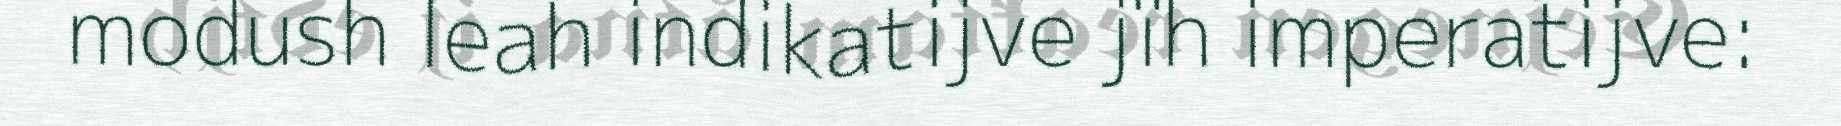
modush leah indikatijve jïh imperatijve: